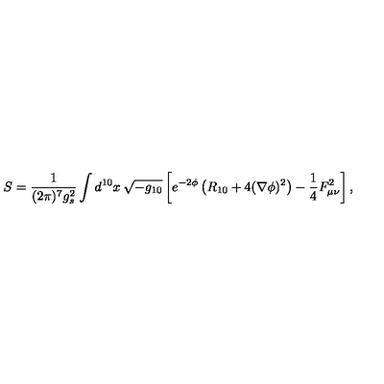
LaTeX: S = \frac { 1 } { ( 2 \pi ) ^ { 7 } g _ { s } ^ { 2 } } \int d ^ { 1 0 } x \: \sqrt { - g _ { 1 0 } } \left[ e ^ { - 2 \phi } \left( R _ { 1 0 } + 4 ( \nabla \phi ) ^ { 2 } \right) - \frac { 1 } { 4 } F _ { \mu \nu } ^ { 2 } \right] ,